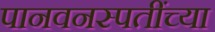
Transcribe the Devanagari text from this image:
पानवनस्पतींच्या